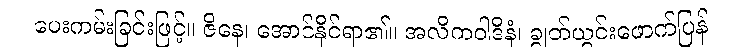
ပေးကမ်းခြင်းဖြင့်။ ဇိနေ၊ အောင်နိုင်ရာ၏။ အလိကဝါဒိနံ၊ ချွတ်ယွင်းဖောက်ပြန်